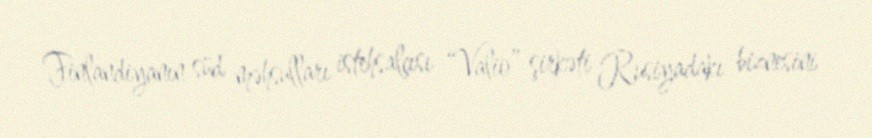
Finlandiyanın süd məhsulları istehsalçısı “Valio” şirkəti Rusiyadakı biznesini